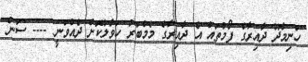
ހަނިމާދޫ ދާއިރާގެ ފޯމުތައް އެ ދާއިރާގެ މެމްބަރު ހަވާލުކޮށް ދެއްވަނީ ---- ސަން